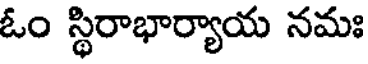
ఓం స్థిరాభార్యాయ నమః